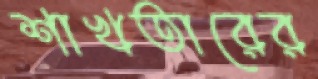
শাখতারের